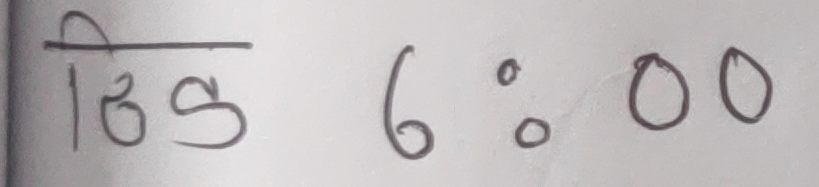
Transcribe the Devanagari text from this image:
ठिक ६:००